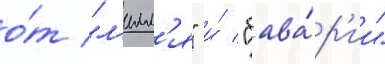
о́т "л'илл'я" и́ "бава́р'ии"